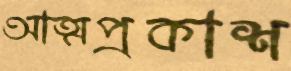
আত্মপ্রকাশ